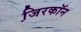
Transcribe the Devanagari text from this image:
जि़रकॉन